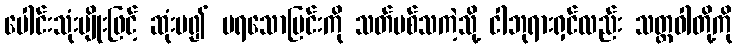
ပေါင်းသုံးမျိုးဖြင့် ဆုံးမ၍ မရသောမြင်းကို သတ်ပစ်သကဲ့သို့ ငါဘုရားရှင်လည်း သတ္တဝါတို့ကို